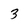
Character: 3